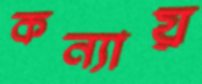
কন্যায়